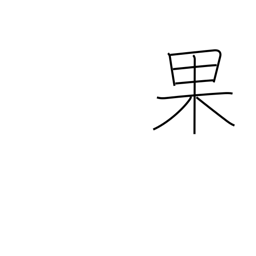
Meaning: succeed